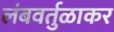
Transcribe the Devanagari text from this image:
लंबवर्तुळाकर